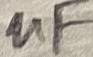
Text: uF